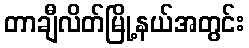
တာချီလိတ်မြို့နယ်အတွင်း